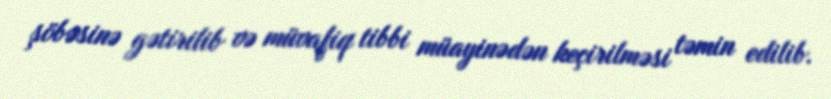
şöbəsinə gətirilib və müvafiq tibbi müayinədən keçirilməsi təmin edilib.